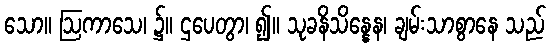
သော။ ဩကာသေ၊ ၌။ ဌပေတွာ၊ ၍။ သုခနိသိန္နေန၊ ချမ်းသာစွာနေ သည်